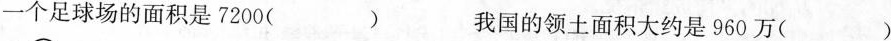
一个足球场的面积是7200( ) 我国的领土面积大约是960万( )